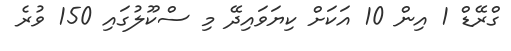
ގްރޭޑް 1 އިން 10 އަކަށް ކިޔަވައިދޭ މި ސްކޫލުގައި 150 ވުރެ